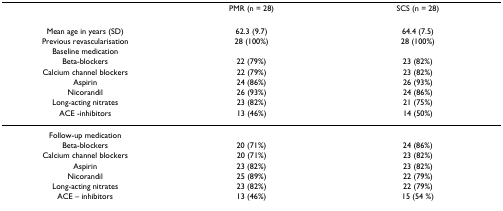
<table><thead><tr><td></td><td><b>PMR (n = 28)</b></td><td><b>SCS (n = 28)</b></td></tr></thead><tbody><tr><td>Mean age in years (SD)</td><td>62.3 (9.7)</td><td>64.4 (7.5)</td></tr><tr><td>Previous revascularisation</td><td>28 (100%)</td><td>28 (100%)</td></tr><tr><td>Baseline medication</td><td></td><td></td></tr><tr><td>Beta-blockers</td><td>22 (79%)</td><td>23 (82%)</td></tr><tr><td>Calcium channel blockers</td><td>22 (79%)</td><td>23 (82%)</td></tr><tr><td>Aspirin</td><td>24 (86%)</td><td>26 (93%)</td></tr><tr><td>Nicorandil</td><td>26 (93%)</td><td>24 (86%)</td></tr><tr><td>Long-acting nitrates</td><td>23 (82%)</td><td>21 (75%)</td></tr><tr><td>ACE -inhibitors</td><td>13 (46%)</td><td>14 (50%)</td></tr><tr><td>Follow-up medication</td><td></td><td></td></tr><tr><td>Beta-blockers</td><td>20 (71%)</td><td>24 (86%)</td></tr><tr><td>Calcium channel blockers</td><td>20 (71%)</td><td>23 (82%)</td></tr><tr><td>Aspirin</td><td>23 (82%)</td><td>23 (82%)</td></tr><tr><td>Nicorandil</td><td>25 (89%)</td><td>22 (79%)</td></tr><tr><td>Long-acting nitrates</td><td>23 (82%)</td><td>22 (79%)</td></tr><tr><td>ACE – inhibitors</td><td>13 (46%)</td><td>15 (54 %)</td></tr></tbody></table>